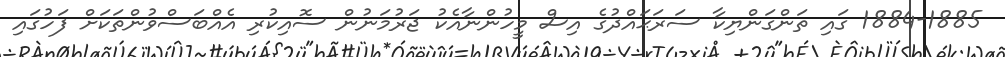
1884-1885 ގައި ތަންގަންޔިކާ ސަރަޙައްދުގެ އިސް މީހުންނާއެކު ޖަރުމަނުން ސޮއިކުރި އެއްބަސްވުންތަކަށް ފަހުގައި